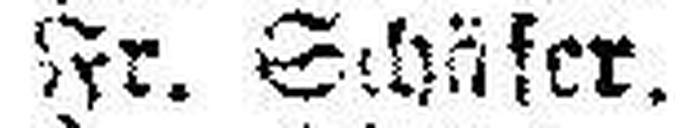
Fr. S###fer